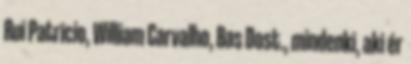
Rui Patricio, William Carvalho, Bas Dost., mindenki, aki ér